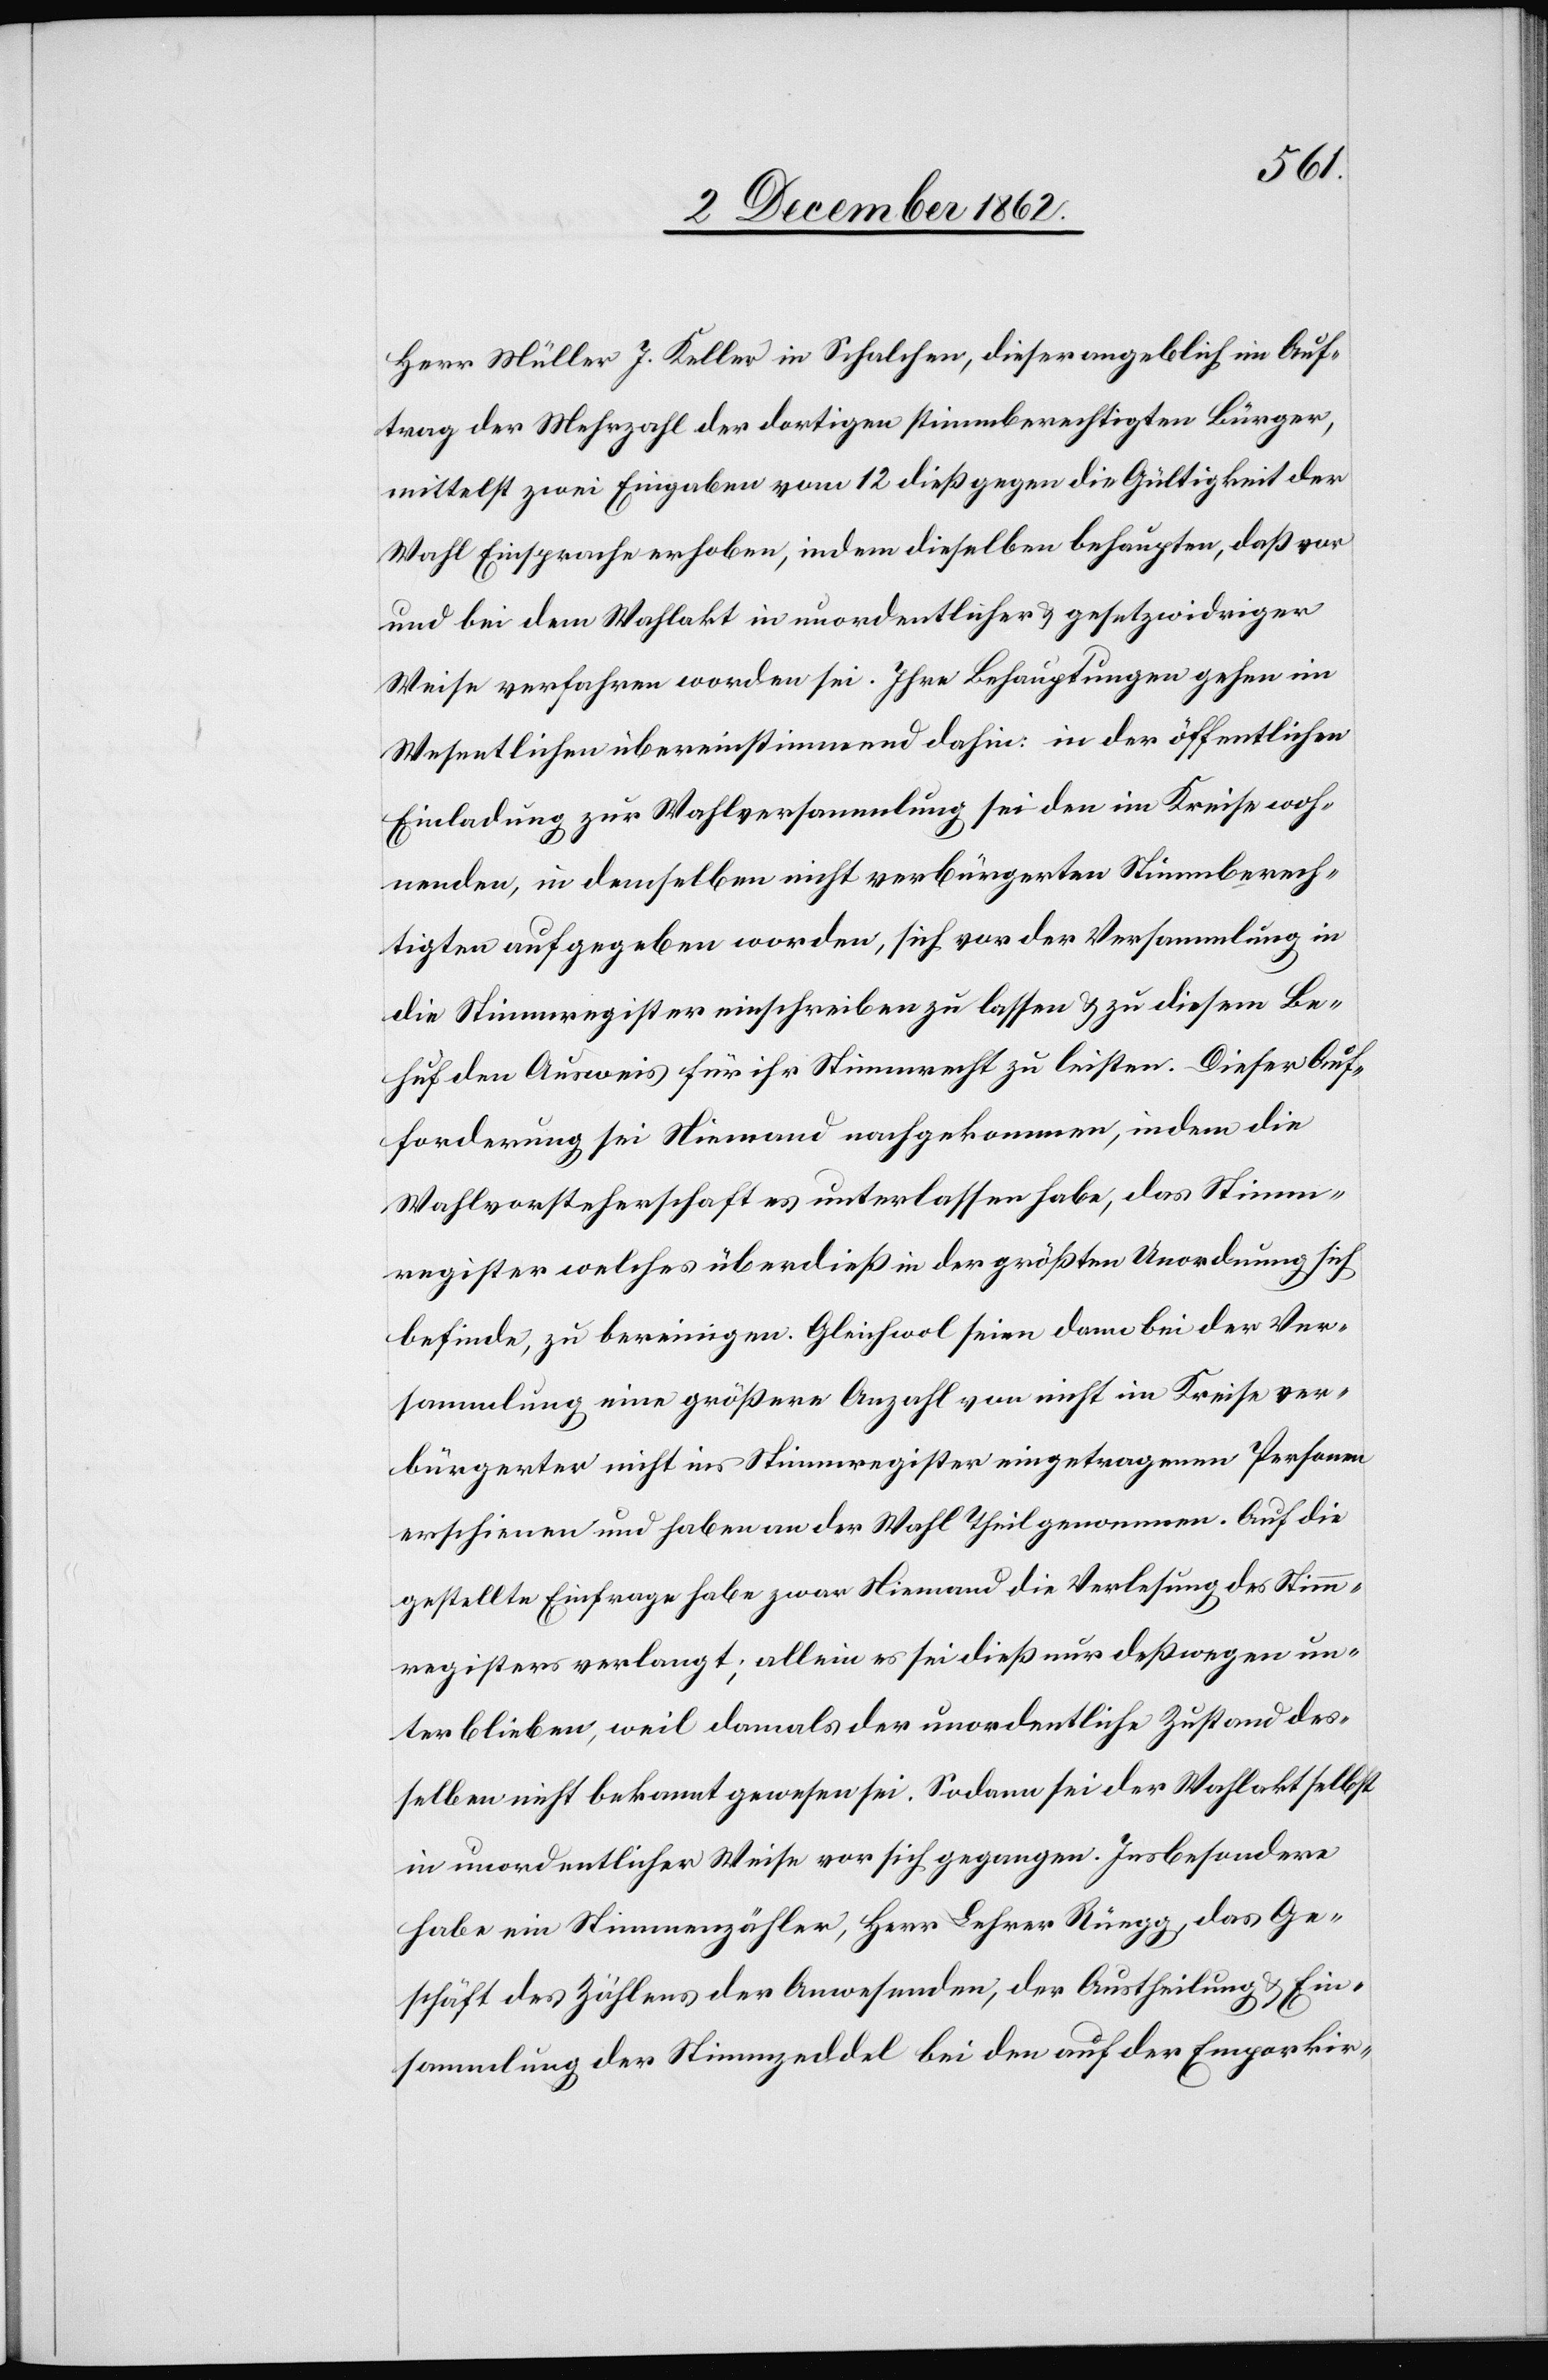
Herr Müller J. Keller in Schalchen, dieser angeblich im Auf¬
trag der Mehrzahl der dortigen stimmberechtigten Bürger,
mittelst zwei Eingaben vom 12. dieß gegen die Gültigkeit der
Wahl Einsprache erhoben, indem dieselben behaupten, daß vor
und bei dem Wahlakt in unordentlicher u. gesetzwidriger
Weise verfahren worden sei. Ihre Behauptungen gehen im
Wesentlichen übereinstimmend dahin: in der öffentlichen
Einladung zur Wahlversammlung sei den im Kreise woh¬
nenden, in demselben nicht verbürgerten Stimmberech¬
tigten aufgegeben worden, sich vor der Versammlung in
die Stimmregister einschreiben zu lassen u. zu diesem Be¬
huf den Ausweis für ihr Stimmrecht zu leisten. Dieser Auf¬
forderung sei Niemand nachgekommen, indem die
Wahlvorsteherschaft es unterlassen habe, das Stimmen¬
register welches überdieß in der größten Unordnung sich
befinde, zu bereinigen. Gleichwol seien dann bei der Ver¬
sammlung eine größere Anzahl von nicht im Kreise ver¬
bürgerten nicht ins Stimmregister eingetragenen Personen
erschienen und haben an der Wahl Theil genommen. Auf die
gestellte Anfrage habe zwar Niemand die Verlesung des Stimm¬
registers verlangt; allein es sei dieß nur deßwegen un¬
terblieben, weil damals der unordentliche Zustand des¬
selben nicht bekannt gewesen sei. Sodann sei der Wahlakt selbst
in unordentlicher Weise vor sich gegangen. Insbesondere
habe ein Stimmenzähler, Herr Lehrer Rüegg, das Ge¬
schäft des Zählers der Anwesenden, der Austheilung u. Ein¬
sammlung der Stimmzeddel bei den auf der Emporkir-